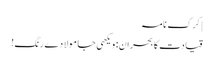
| کرک نامہ
قیادت کا بحران: ویکھی جا مولا دے رنگ!